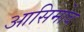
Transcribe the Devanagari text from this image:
आसिमोव